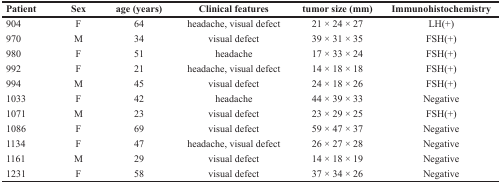
<table><thead><tr><td><b>Patient</b></td><td><b>Sex</b></td><td><b>age (years)</b></td><td><b>Clinical features</b></td><td><b>tumor size (mm)</b></td><td><b>Immunohistochemistry</b></td></tr></thead><tbody><tr><td>904</td><td>F</td><td>64</td><td>headache, visual defect</td><td>21 × 24 × 27</td><td>LH(+)</td></tr><tr><td>970</td><td>M</td><td>34</td><td>visual defect</td><td>39 × 31 × 35</td><td>FSH(+)</td></tr><tr><td>980</td><td>F</td><td>51</td><td>headache</td><td>17 × 33 × 24</td><td>FSH(+)</td></tr><tr><td>992</td><td>F</td><td>21</td><td>headache, visual defect</td><td>14 × 18 × 18</td><td>FSH(+)</td></tr><tr><td>994</td><td>M</td><td>45</td><td>visual defect</td><td>24 × 18 × 26</td><td>FSH(+)</td></tr><tr><td>1033</td><td>F</td><td>42</td><td>headache</td><td>44 × 39 × 33</td><td>Negative</td></tr><tr><td>1071</td><td>M</td><td>23</td><td>visual defect</td><td>23 × 29 × 25</td><td>FSH(+)</td></tr><tr><td>1086</td><td>F</td><td>69</td><td>visual defect</td><td>59 × 47 × 37</td><td>Negative</td></tr><tr><td>1134</td><td>F</td><td>47</td><td>headache, visual defect</td><td>26 × 27 × 28</td><td>Negative</td></tr><tr><td>1161</td><td>M</td><td>29</td><td>visual defect</td><td>14 × 18 × 19</td><td>Negative</td></tr><tr><td>1231</td><td>F</td><td>58</td><td>visual defect</td><td>37 × 34 × 26</td><td>Negative</td></tr></tbody></table>